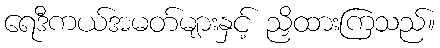
ရေဒီကယ်အမတ်များနှင့် ညှိထားကြသည်။